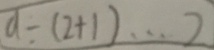
a \div ( 2 + 1 ) \cdots 2